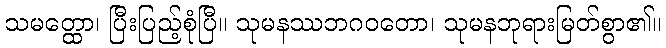
သမတ္ထော၊ ပြီးပြည့်စုံပြီ။ သုမနဿဘဂဝတော၊ သုမနဘုရားမြတ်စွာ၏။